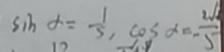
\sin \alpha = \frac { 1 } { 5 } , \cos \alpha = \frac { 2 } { - 5 }